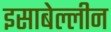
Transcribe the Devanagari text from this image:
इसाबेल्लीन